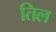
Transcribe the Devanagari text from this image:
तिल